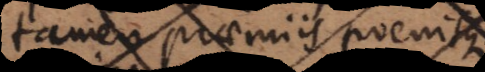
utique praemiis poenisque